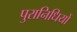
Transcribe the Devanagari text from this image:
पुरानिधियों